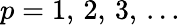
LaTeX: p=1,\, 2,\, 3,\, ...